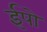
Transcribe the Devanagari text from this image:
ईपो